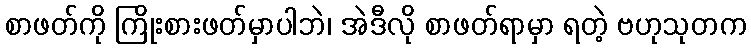
စာဖတ်ကို ကြိုးစားဖတ်မှာပါဘဲ၊ အဲဒီလို စာဖတ်ရာမှာ ရတဲ့ ဗဟုသုတက